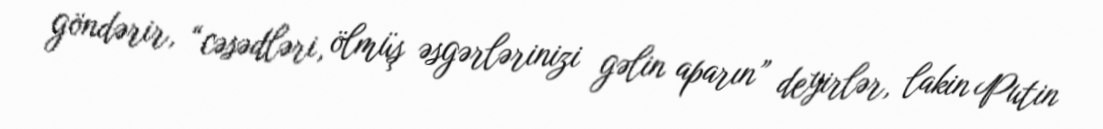
göndərir, “cəsədləri, ölmüş əsgərlərinizi gəlin aparın” deyirlər, lakin Putin